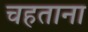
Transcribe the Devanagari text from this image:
चहताना